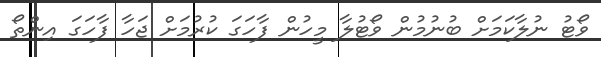
ވޯޓު ނުލާކަމަށް ބުނުމުން ވޯޓުލާ މީހުން ފާހަގަ ކުރުމަށް ޖަހާ ފާހަގަ އިންތޯ